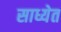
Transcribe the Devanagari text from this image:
साध्येत